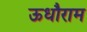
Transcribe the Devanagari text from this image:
ऊधौराम